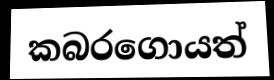
කබරගොයත්